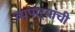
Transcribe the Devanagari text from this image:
व्यपाऱ्यांची